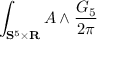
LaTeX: \int _ { \mathbf { S } ^ { 5 } \times \mathbf { R } } A \wedge \frac { G _ { 5 } } { 2 \pi }